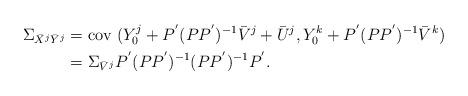
LaTeX: \begin{align*}\Sigma_{\bar{X}^j \bar{Y}^j} &= \mbox{cov } (Y_0^j + P ^{'} (P P ^{'}) ^{-1} \bar{V}^j + \bar{U}^j , Y_0^k + P ^{'} (P P ^{'}) ^{-1} \bar{V}^k )\\&= \Sigma_{\bar{V}^j} P ^{'} (P P ^{'}) ^{-1} (P P ^{'}) ^{-1} P ^{'}.\end{align*}